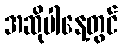
အဆိုပါနေ့တွင်